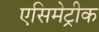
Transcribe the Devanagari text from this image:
एसिमेट्रीक